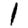
Digit: 1